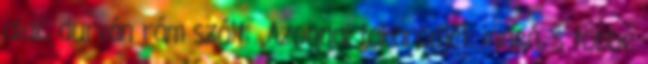
alak, durván rám szólt: „Azonnal takarodjék innen, s többé